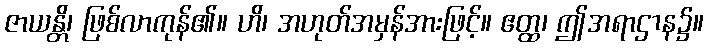
ဇာယန္တိ၊ ဖြစ်လာကုန်၏။ ဟိ၊ အဟုတ်အမှန်အားဖြင့်။ ဧတ္ထ၊ ဤအရာဌာန၌။